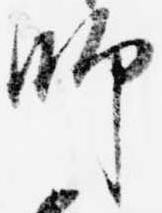
師